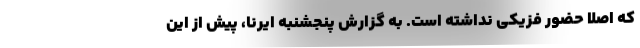
که اصلا حضور فزیکی نداشته است. به گزارش پنجشنبه ایرنا، پیش از این